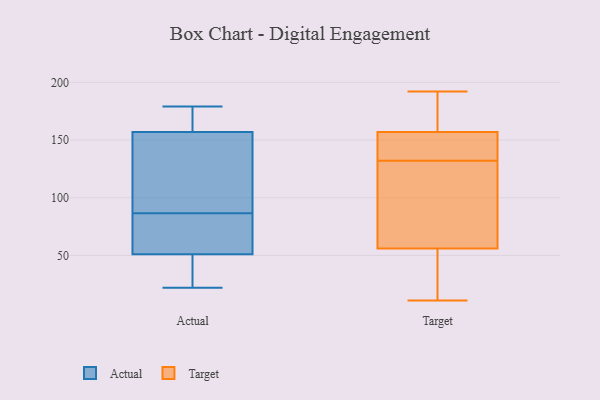
{"axis": {"x": "Production Output", "y": "Value"}, "legend": ["Actual", "Target"], "data": [{"x": "", "y": 179, "type": "Actual"}, {"x": "", "y": 141, "type": "Actual"}, {"x": "", "y": 68, "type": "Actual"}, {"x": "", "y": 34, "type": "Actual"}, {"x": "", "y": 82, "type": "Actual"}, {"x": "", "y": 91, "type": "Actual"}, {"x": "", "y": 44, "type": "Actual"}, {"x": "", "y": 174, "type": "Actual"}, {"x": "", "y": 157, "type": "Actual"}, {"x": "", "y": 135, "type": "Actual"}, {"x": "", "y": 22, "type": "Actual"}, {"x": "", "y": 79, "type": "Actual"}, {"x": "", "y": 51, "type": "Actual"}, {"x": "", "y": 175, "type": "Actual"}, {"x": "", "y": 134, "type": "Target"}, {"x": "", "y": 80, "type": "Target"}, {"x": "", "y": 150, "type": "Target"}, {"x": "", "y": 192, "type": "Target"}, {"x": "", "y": 157, "type": "Target"}, {"x": "", "y": 56, "type": "Target"}, {"x": "", "y": 11, "type": "Target"}, {"x": "", "y": 28, "type": "Target"}, {"x": "", "y": 45, "type": "Target"}, {"x": "", "y": 161, "type": "Target"}, {"x": "", "y": 111, "type": "Target"}, {"x": "", "y": 33, "type": "Target"}, {"x": "", "y": 130, "type": "Target"}, {"x": "", "y": 87, "type": "Target"}, {"x": "", "y": 181, "type": "Target"}, {"x": "", "y": 148, "type": "Target"}, {"x": "", "y": 141, "type": "Target"}, {"x": "", "y": 187, "type": "Target"}]}